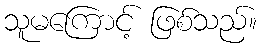
သူမကြောင့် ဖြစ်သည်။